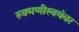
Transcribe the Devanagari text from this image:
रुक्मणीस्वयंवर